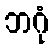
ဘဂုံ